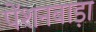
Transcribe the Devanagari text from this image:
पेंशनबाड़ा